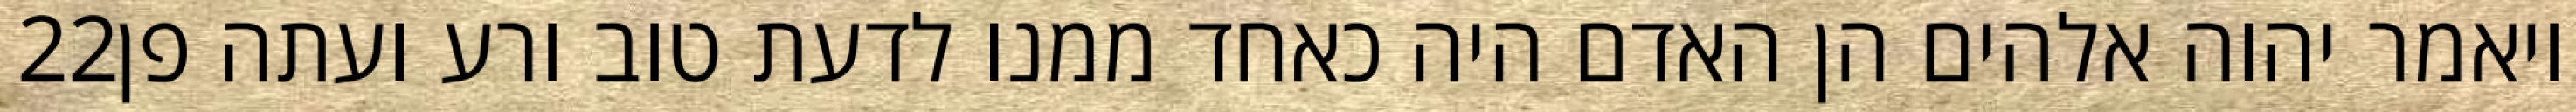
‎22‏ ויאמר יהוה אלהים הן האדם היה כאחד ממנו לדעת טוב ורע ועתה פן